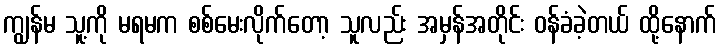
ကျွန်မ သူ့ကို မရမက စစ်မေးလိုက်တော့ သူလည်း အမှန်အတိုင်း ဝန်ခံခဲ့တယ် ထို့နောက်